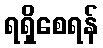
ရရှိစေရန်